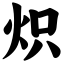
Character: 炽